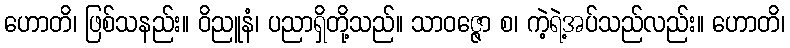
ဟောတိ၊ ဖြစ်သနည်း။ ဝိညူနံ၊ ပညာရှိတို့သည်။ သာဝဇ္ဇော စ၊ ကဲ့ရဲ့အပ်သည်လည်း။ ဟောတိ၊